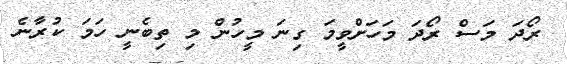
ރޯދަ މަސް ރޯދަ މަހަށްވީމަ ގިނަ މީހުން މި ތިބެނީ ހަމަ ކުރާނެ